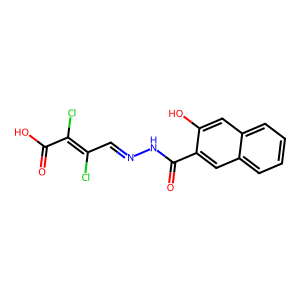
SMILES: O=C(O)C(Cl)=C(Cl)C=NNC(=O)c1cc2ccccc2cc1O
Inhibits HIV replication: No